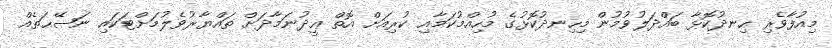
މިއުފާވެރި ހިނދުކޮޅާ ބައްދަލުވުމުން މިހިނދުކޮޅުގެ މުހިއްމުކަމާއި ކުރިއަށް އޮތް ޢީދުނަމާދަށް ތައްޔާރުވެލުމަށްޓަކައި ނަޞޭޙަތެއް